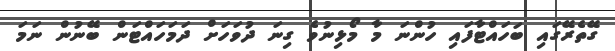
ގޭތެރޭގައި ބަހައްޓާފައި ހުންނަ މާ މޯޅިނުވެ ގިނަ ދުވަހަށް ދަމަހައްޓަން ބޭނުން ނަމަ